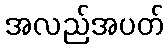
အလည်အပတ်